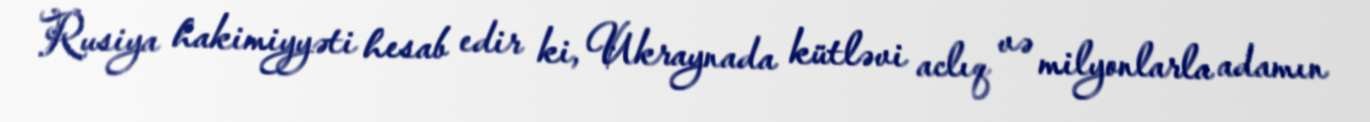
Rusiya hakimiyyəti hesab edir ki, Ukraynada kütləvi aclıq və milyonlarla adamın